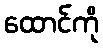
ထောင်ကို